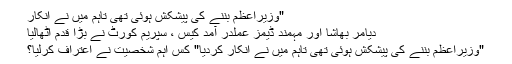
"وزیراعظم بننے کی پیشکش ہوئی تھی تاہم میں نے انکار
دیامر بھاشا اور مہمند ڈیمز عملدر آمد کیس ، سپریم کورٹ نے بڑا قدم اٹھالیا
"وزیراعظم بننے کی پیشکش ہوئی تھی تاہم میں نے انکار کردیا" کس اہم شخصیت نے اعتراف کرلیا؟